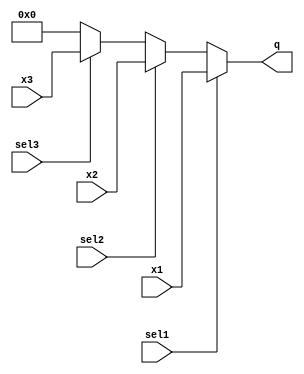
`timescale 1ns/1ns
module mux31 #(parameter n = 13)(sel1, sel2, sel3,  x1, x2, x3, q);
  input sel1;
  input sel2;
  input sel3;
  input signed[n:0] x1;
  input signed[n:0] x2;
  input signed[n:0] x3;
  output signed [n:0] q;
  reg signed[n:0] qr;
  
  assign q = sel1 ? x1 : (sel2 ? x2 : (sel3 ? x3 : 0));
endmodule